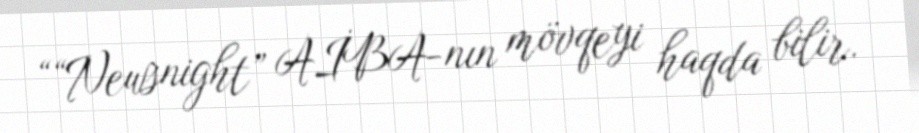
““Newsnight” AİBA-nın mövqeyi haqda bilir.